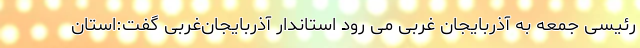
رئیسی جمعه به آذربایجان‌ غربی می رود استاندار آذربایجان‌غربی گفت:استان